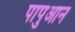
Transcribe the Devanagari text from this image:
पापुआन